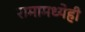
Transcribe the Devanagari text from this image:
रामामध्येही